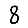
Digit: 8